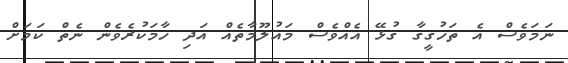
ނަމަވެސް އެ ތަހުގީގާ ގުޅޭ އެއްވެސް މައުލޫމާތެއް އަދި ހާމަކުރެވެން ނެތް ކަމަށް